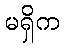
မရှိက